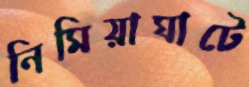
নিমিয়াঘাটে